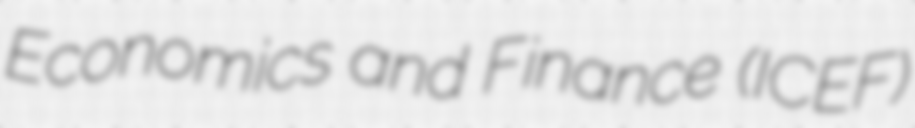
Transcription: Economics and Finance (ICEF)